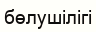
бөлушілігі